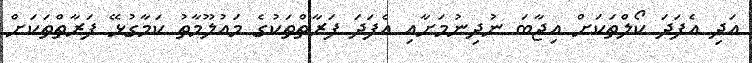
އަދި އެފަދަ ކޯލްތަކަށް އިޖާބަ ނުދިނުމަށާއި އެފަދަ ފަރާތްތަކުގެ މައުލޫމާތު ކަމާގުޅޭ ފަރާތްތަކަށް